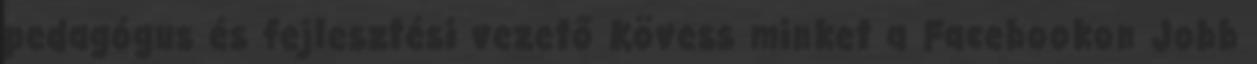
pedagógus és fejlesztési vezető Kövess minket a Facebookon Jobb